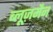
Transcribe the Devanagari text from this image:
ब्लूज़मैन